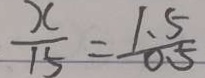
\frac { x } { 1 5 } = \frac { 1 . 5 } { 0 . 5 }